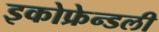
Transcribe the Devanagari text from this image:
इकोफ्रेन्डली